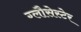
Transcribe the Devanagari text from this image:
ग्लौसेस्टेर